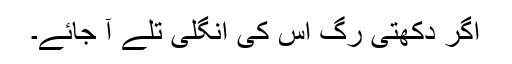
اگر دکھتی رگ اس کی انگلی تلے آ جائے۔